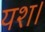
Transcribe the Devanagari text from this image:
यश।